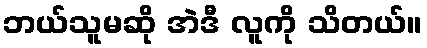
ဘယ်သူမဆို အဲဒီ လူကို သိတယ်။